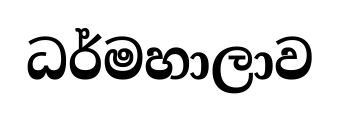
ධර්මහාලාව